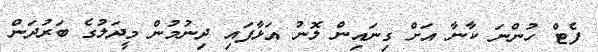
ފެޓް ހުންނަ ކާނާ އަށް ގިނައިން ލޮނު އަޅާފައި ދިނުމުން މީދަލުގެ ބަރުދަން